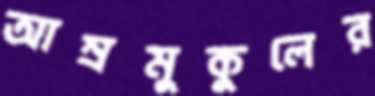
আম্রমুকুলের